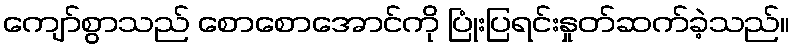
ကျော်စွာသည် စောစောအောင်ကို ပြုံးပြရင်းနှုတ်ဆက်ခဲ့သည်။